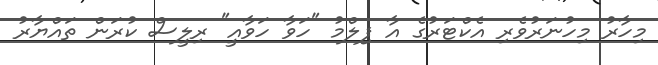
މިހާރު މިހުނަރުވެރި އެކްޓަރުގެ އާ ފިލްމު "ހަވާ ހަވާއީ" ރިލީސް ކުރަން ތައްޔާރު